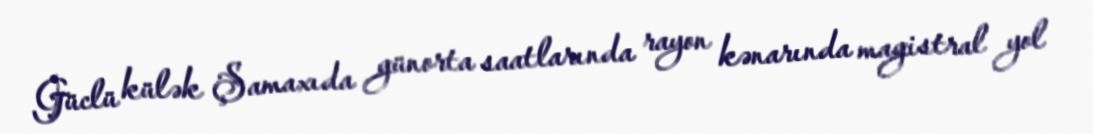
Güclü külək Şamaxıda günorta saatlarında rayon kənarında magistral yol